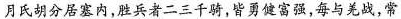
月氏胡分居塞内，胜兵者二三千骑，皆勇健富强，每与羌战，常